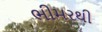
ભીમરથી